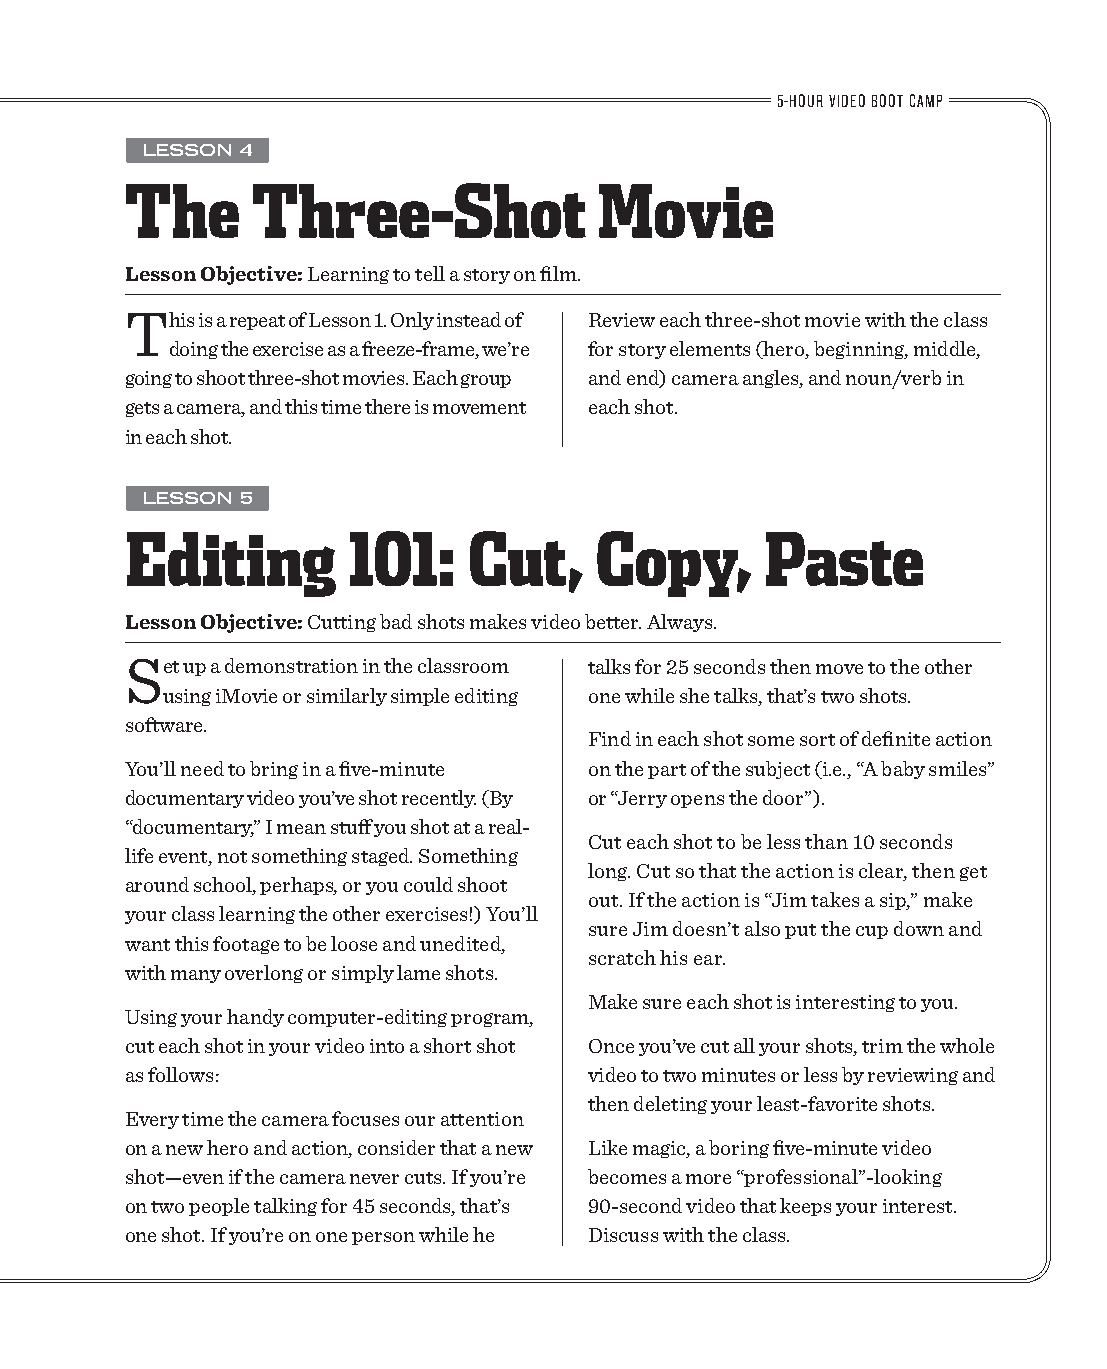
5-HOUR VIDEO BOOT CAMP
 LESSON 4
 The      Three-Shot             Movie
 Lesson Objective: Learning to tell a story on film.
 This is a repeat of Lesson 1. Only instead of Review each three-shot movie with the class
 doing the exercise as a freeze-frame, we’re for story elements (hero, beginning, middle,
 going to shoot three-shot movies. Each group and end) camera angles, and noun/verb in
 gets a camera, and this time there is movement each shot.
 in each shot.
 LESSON 5
 Editing        101:    Cut,    Copy,       Paste
 Lesson Objective: Cutting bad shots makes video better. Always.
 Set up a demonstration in the classroom talks for 25 seconds then move to the other
 using iMovie or similarly simple editing one while she talks, that’s two shots.
 software.
 Find in each shot some sort of definite action
 You’ll need to bring in a five-minute on the part of the subject (i.e., “A baby smiles”
 documentary video you’ve shot recently. (By or “Jerry opens the door”).
 “documentary,” I mean stuff you shot at a real-
 Cut each shot to be less than 10 seconds
 life event, not something staged. Something
 long. Cut so that the action is clear, then get
 around school, perhaps, or you could shoot
 out. If the action is “Jim takes a sip,” make
 your class learning the other exercises!) You’ll
 sure Jim doesn’t also put the cup down and
 want this footage to be loose and unedited,
 scratch his ear.
 with many overlong or simply lame shots.
 Make sure each shot is interesting to you.
 Using your handy computer-editing program,
 cut each shot in your video into a short shot Once you’ve cut all your shots, trim the whole
 as follows:                    video to two minutes or less by reviewing and
 then deleting your least-favorite shots.
 Every time the camera focuses our attention
 on a new hero and action, consider that a new Like magic, a boring five-minute video
 shot—even if the camera never cuts. If you’re becomes a more “professional”-looking
 on two people talking for 45 seconds, that’s 90-second video that keeps your interest.
 one shot. If you’re on one person while he Discuss with the class.